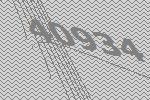
40934